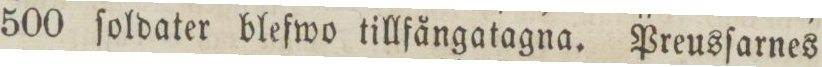
500 ſoldater blefwo tillfångatagna. Preusſarnes